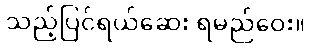
သည့်ပြင်ရယ်ဆေး ရမည်ဝေး။